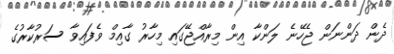
ދެން ދަންނަން ޖެހޭނެ ލަންކާ އިން މިރާއްޖޭގައި މިހާރު ގާއިމް ވެފައިވާ ސަރުކާރުގެ